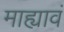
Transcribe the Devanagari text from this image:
माह्यावं